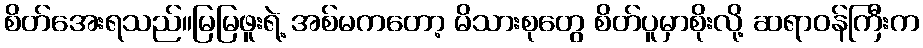
စိတ်အေးရသည်။မြမြဖူးရဲ့ အစ်မကတော့ မိသားစုတွေ စိတ်ပူမှာစိုးလို့ ဆရာဝန်ကြီးက